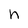
Character: n